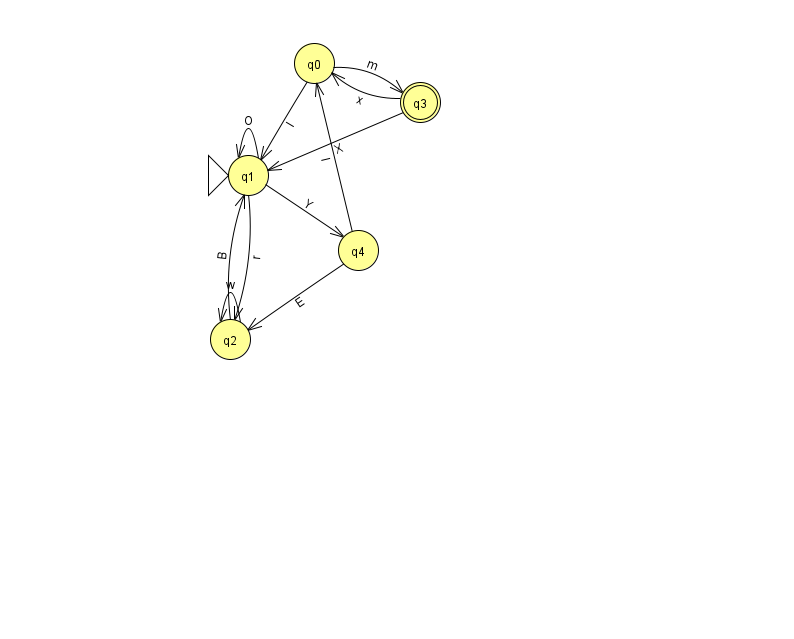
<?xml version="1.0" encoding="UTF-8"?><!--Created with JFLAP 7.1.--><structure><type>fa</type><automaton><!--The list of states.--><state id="0" name="q0"><x>314.0</x><y>50.0</y></state><state id="1" name="q1"><x>248.0</x><y>162.0</y><initial/></state><state id="2" name="q2"><x>230.0</x><y>326.0</y></state><state id="3" name="q3"><x>420.0</x><y>89.0</y><final/></state><state id="4" name="q4"><x>358.0</x><y>237.0</y></state><!--The list of transitions.--><transition><from>1</from><to>2</to><read>r</read></transition><transition><from>1</from><to>4</to><read>Y</read></transition><transition><from>2</from><to>1</to><read>B</read></transition><transition><from>3</from><to>1</to><read>X</read></transition><transition><from>0</from><to>1</to><read>l</read></transition><transition><from>2</from><to>2</to><read>w</read></transition><transition><from>3</from><to>0</to><read>x</read></transition><transition><from>4</from><to>0</to><read>l</read></transition><transition><from>0</from><to>3</to><read>m</read></transition><transition><from>4</from><to>2</to><read>E</read></transition><transition><from>1</from><to>1</to><read>O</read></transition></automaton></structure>